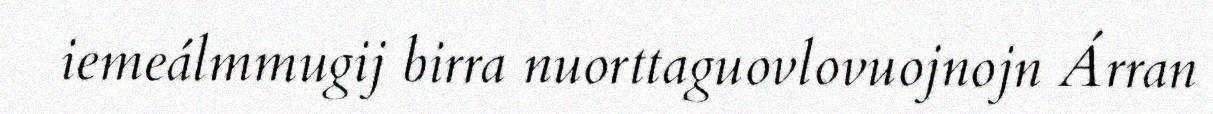
iemeálmmugij birra nuorttaguovlovuojnojn Árran